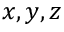
x , y , z